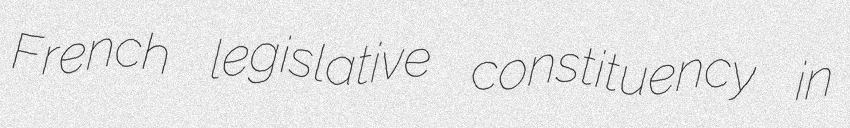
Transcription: French legislative constituency in